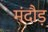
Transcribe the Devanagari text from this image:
मंदौड़